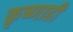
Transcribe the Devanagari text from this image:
कृष्णाही